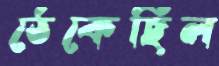
ঠেকেছিল